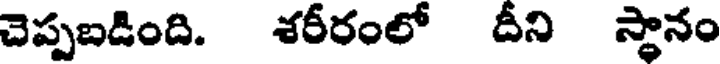
చెప్పబడింది. శరీరంలో దీని స్థానం